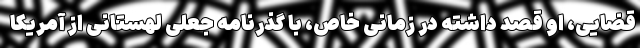
قضایی، او قصد داشته در زمانی خاص، با گذرنامه جعلی لهستانی از آمریکا